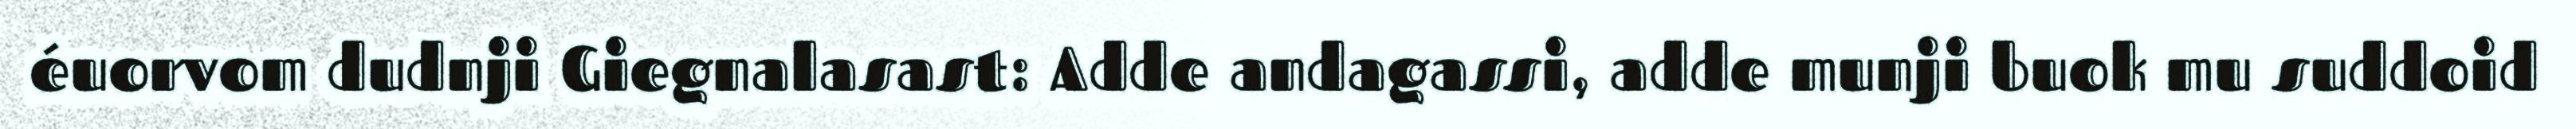
éuorvom dudnji Giegnalasast: Adde andagassi, adde munji buok mu suddoid